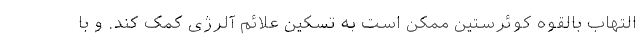
التهاب بالقوه کوئرستین ممکن است به تسکین علائم آلرژی کمک کند. و با